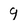
Character: 9